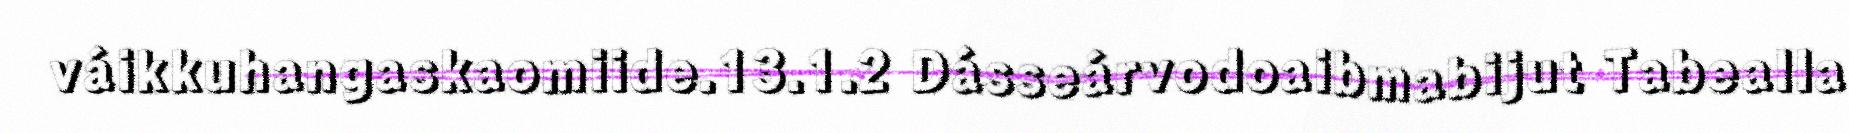
váikkuhangaskaomiide.13.1.2 Dásseárvodoaibmabijut Tabealla